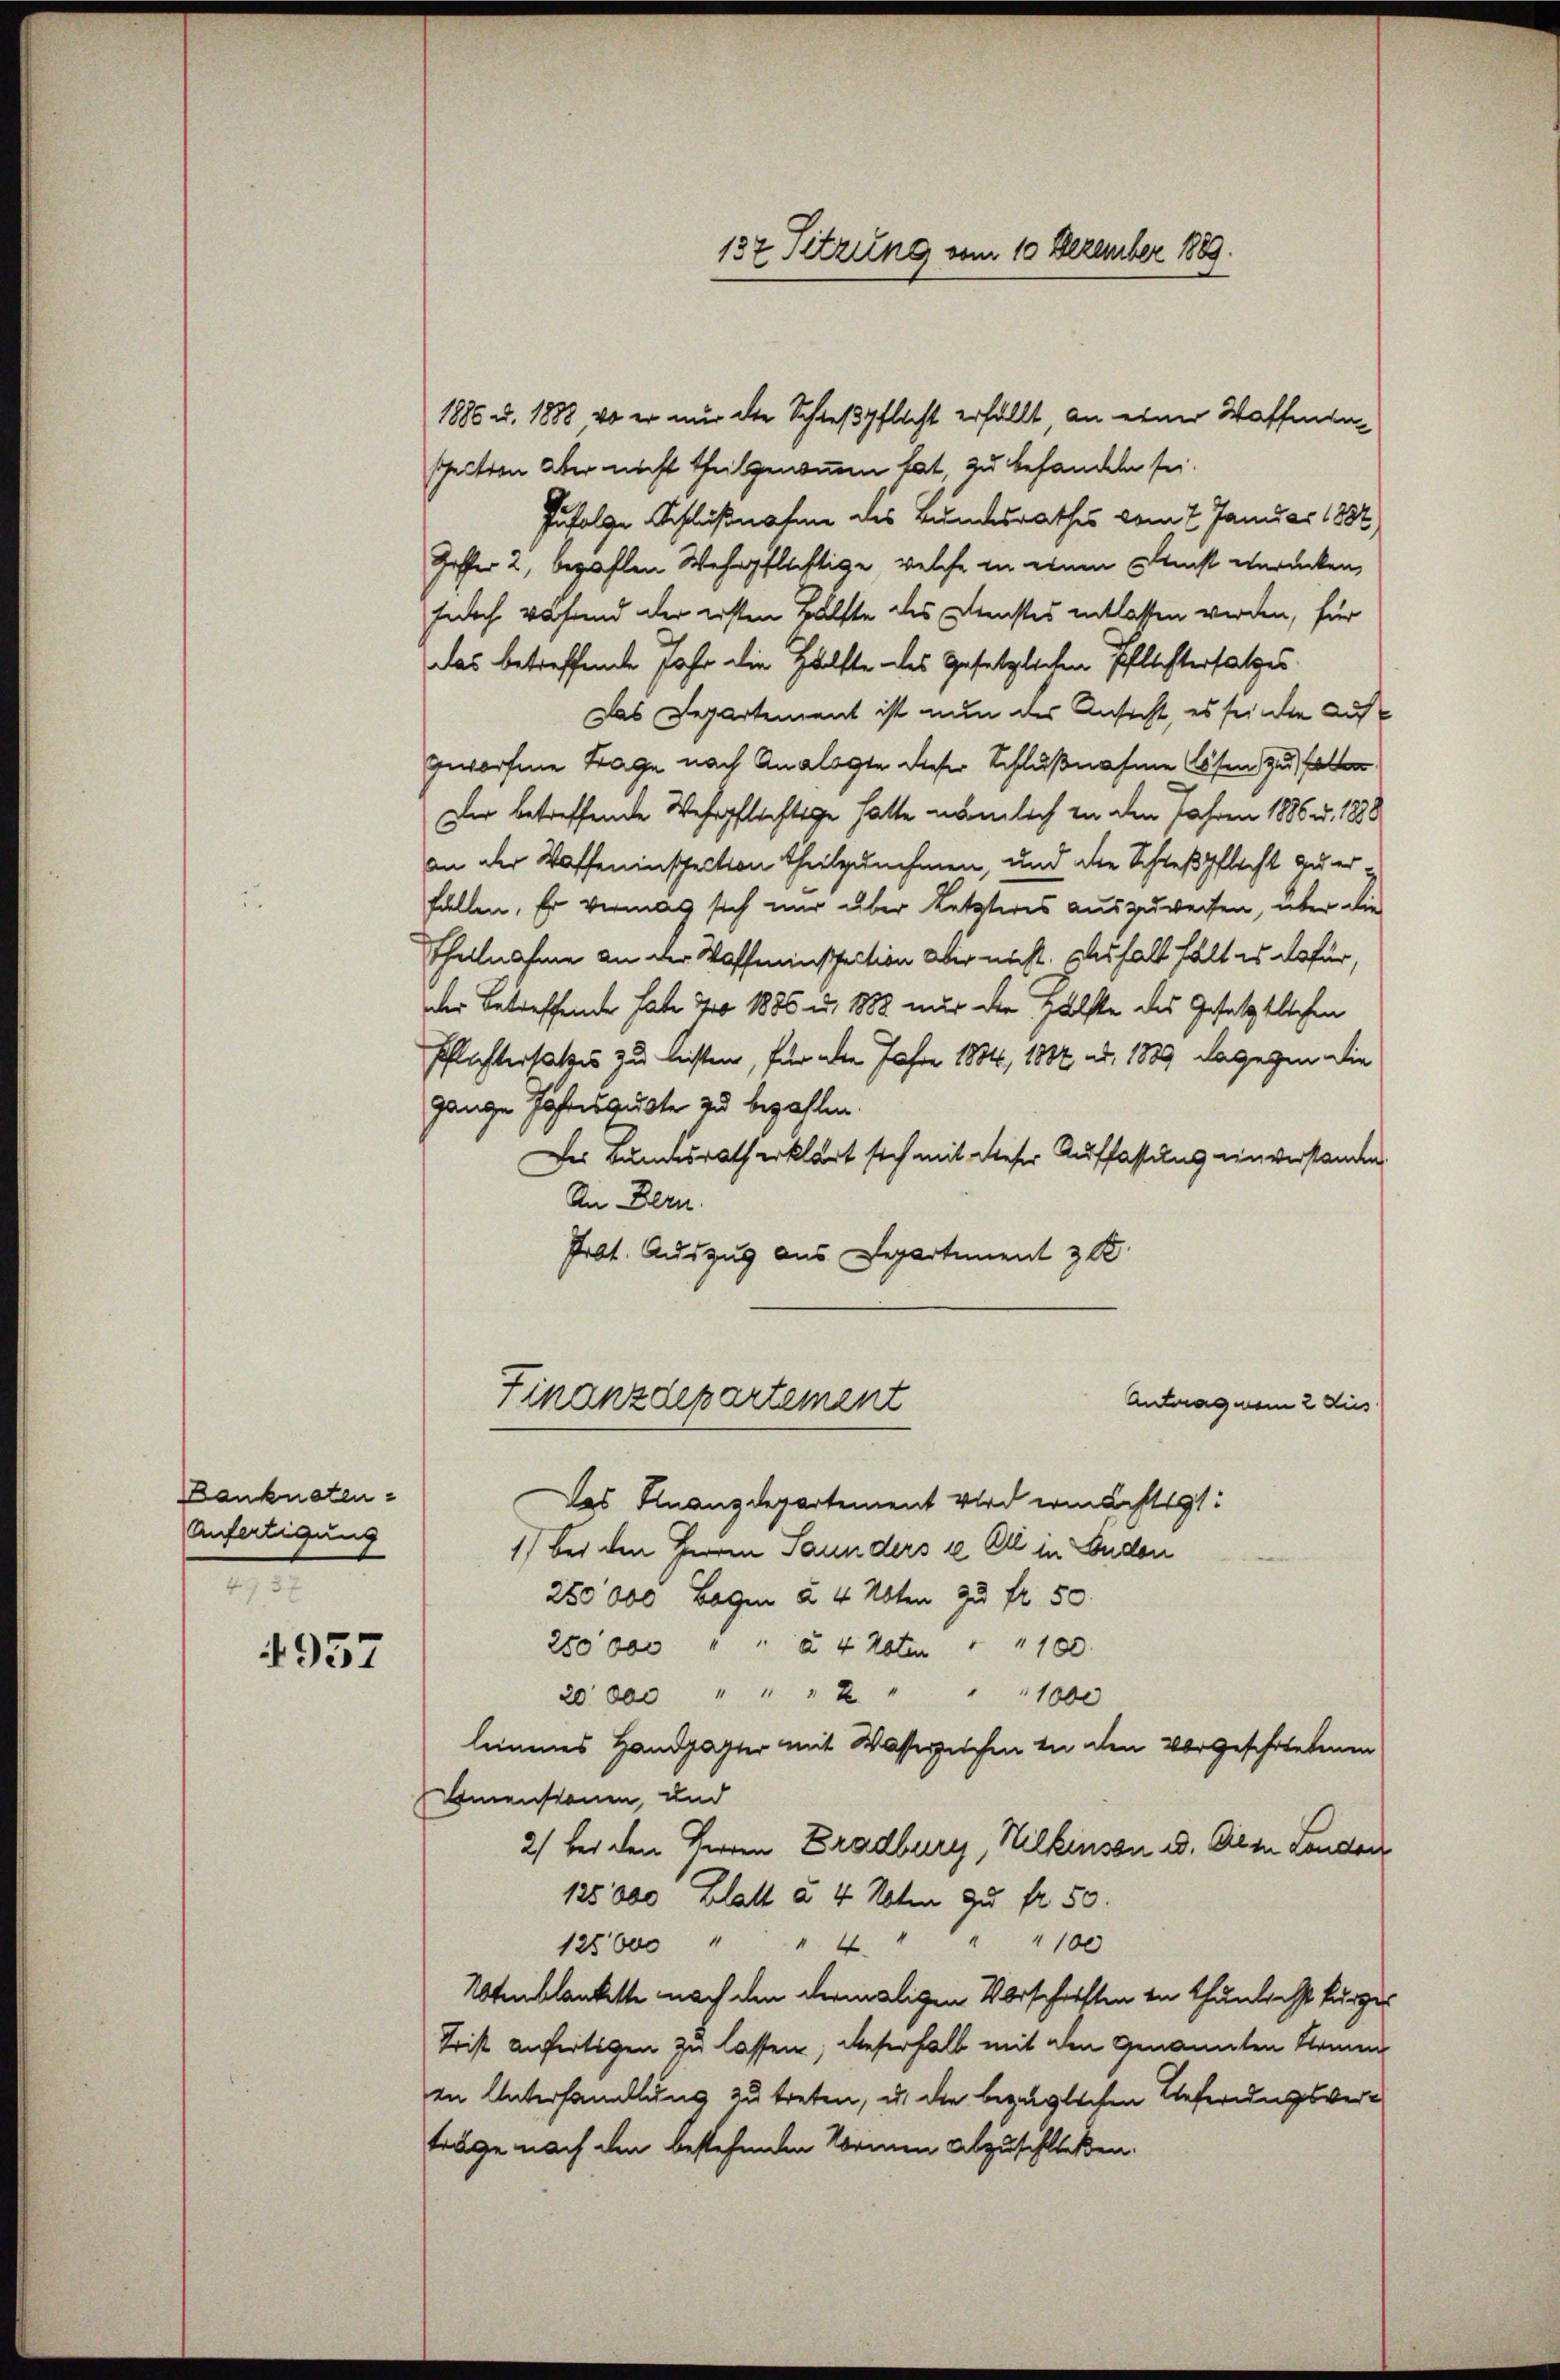
Bankneten
Anfertigung
4737

4957

1886 u. 1888 vo er nur der Schießpflicht erfällt, an einer Waffeensheiten aber nicht theilgenommen hat, zu behandeln sei.
Zufolge Schlußnahme des Bundesrathes vom 7. Januar 1882
Hoffer 2, bezahlen Wehrpflichtige, welche in einen Kunst verücken,
furch während der ersten Hälfte des Dienstes entlassen werden, für
das betreffende Jahr die Hälfte des Gesetzlichen Pflichtersatzes
Das Departement ist nun der Ansicht, es seinen Aufgeworfene Frage nach Analogen dieser Schlußnahme sen zu halter
Der betreffende Wehrpflichtige hatte nämlich in den Jahren 1886. 1888
an der Waffeninspection theilzunehmen, und die Schießpflacht zu erfällen. Er vermag sich nur über Letzteres auszuweisen, über die
Theilnahme an der Waffeinsseition aber nicht. Das halt hält es dafür,
der Betreffende habe 70 1886 u. 1882 nur der Hälfte des Gesetztlichen
Pflichtersatzes zu leisten, für alle Jahre 1884, 1882 d. 1889 dagegen die
gange Jahresgute zu bezahlen.
Der Bundesrath erklärt sich mit dieser Auffassung einverstanden.
An Bern.
Prbt. Auszug aus Departement zu

Antrag mein 2 dies
Das Finanzdepartement wird ermächtigt:
1) Bei den Herren Saunders ie Ell in Enden
250,000 Bogen à 4 Übten zu fr. 50.
250000 " " à 4 Roten                       100
20.000 " " " 2
1000
limmenes Handzagter mit Wasserzeichen in den vorgeschriebenen
menstanen, und
2) bei den Herren Bradburg, Wilkinson ad. Die in Londor
125000 Blatt à 4 Noten zu fr. 50.
1100
125600 " " 4
Uteblankette nach den dermaligen Vorschriften in Thunlicht kürzer
Trist anfertigen zu lassen, dieserhalb mit den genannten Armen
in Unterhandlung zu treten, u. die bezüglichen Lieferungsverträge nach den bestehenden Normen abzuschließen.

Finanzdepartement

137 Sitzung vom 10 Dezember 1889.